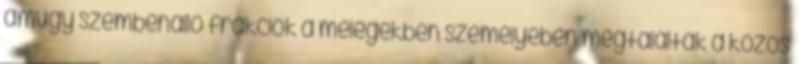
amúgy szembenálló frakciók a melegekben személyében megtalálták a közös